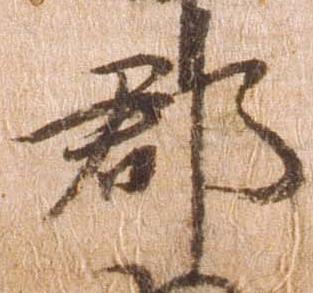
郡